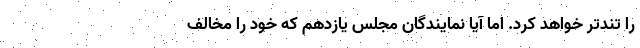
را تندتر خواهد کرد. اما آیا نمایندگان مجلس یازدهم که خود را مخالف